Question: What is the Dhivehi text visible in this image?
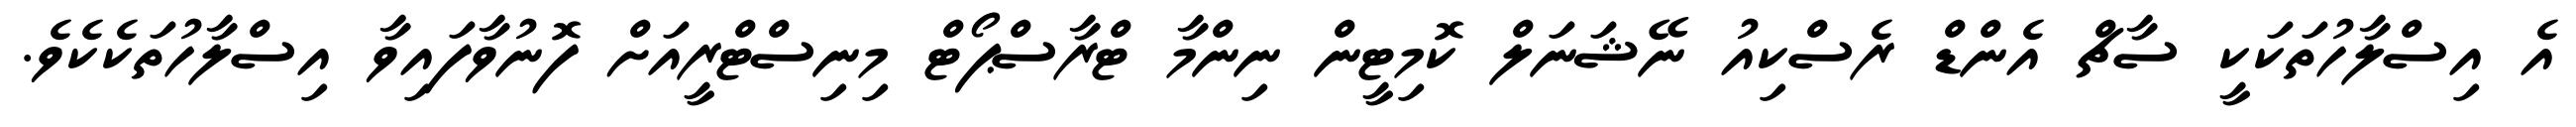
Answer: އެ އިސްލާހުތަކަކީ ސާޗް އެންޑް ރެސްކިއު ނޭޝަނަލް ކޮމިޓީން ނިންމާ ޓްރާސްޕޯޓް މިނިސްޓްރީއަށް ފޮނުވާފައިވާ އިސްލާހުތަކެކެވެ.